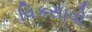
વિકસાવો